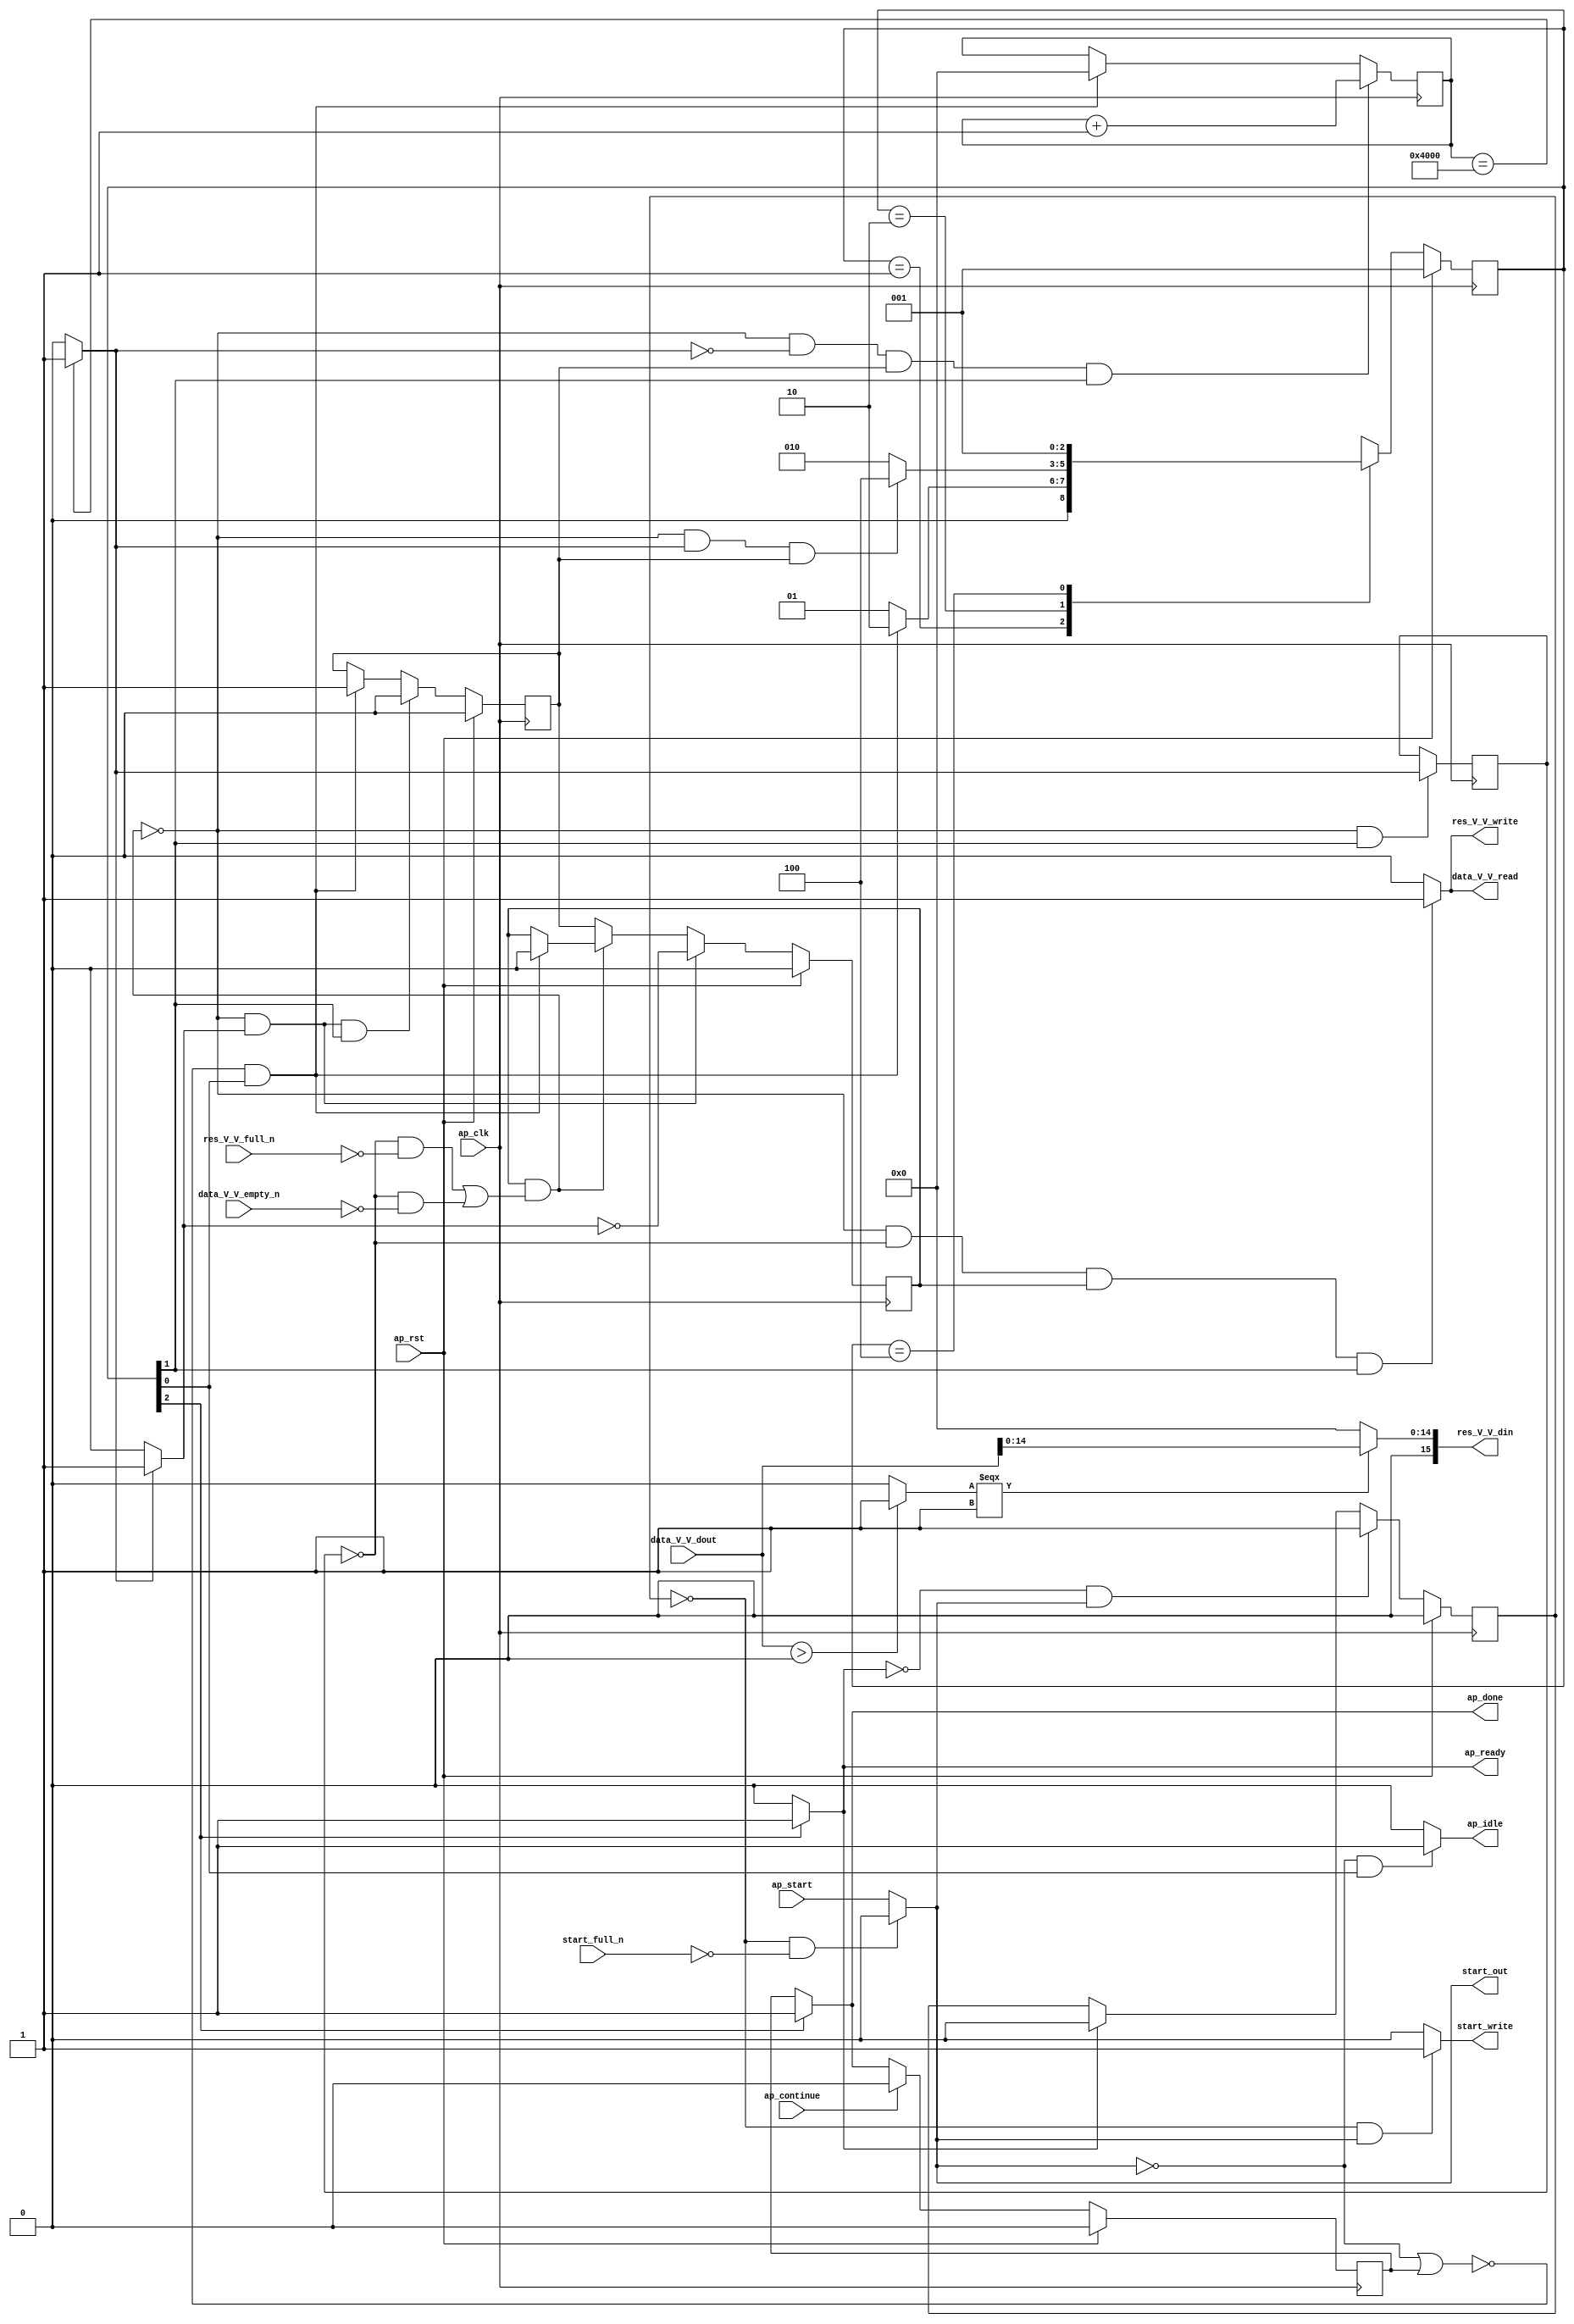
// ==============================================================
// RTL generated by Vivado(TM) HLS - High-Level Synthesis from C, C++ and OpenCL
// Version: 2019.2
// Copyright (C) 1986-2019 Xilinx, Inc. All Rights Reserved.
// 
// ===========================================================

`timescale 1 ns / 1 ps 

module relu_ss_ap_fixed_ap_fixed_16_4_5_3_0_relu_config18_s (
        ap_clk,
        ap_rst,
        ap_start,
        start_full_n,
        ap_done,
        ap_continue,
        ap_idle,
        ap_ready,
        start_out,
        start_write,
        data_V_V_dout,
        data_V_V_empty_n,
        data_V_V_read,
        res_V_V_din,
        res_V_V_full_n,
        res_V_V_write
);

parameter    ap_ST_fsm_state1 = 3'd1;
parameter    ap_ST_fsm_pp0_stage0 = 3'd2;
parameter    ap_ST_fsm_state4 = 3'd4;

input   ap_clk;
input   ap_rst;
input   ap_start;
input   start_full_n;
output   ap_done;
input   ap_continue;
output   ap_idle;
output   ap_ready;
output   start_out;
output   start_write;
input  [15:0] data_V_V_dout;
input   data_V_V_empty_n;
output   data_V_V_read;
output  [15:0] res_V_V_din;
input   res_V_V_full_n;
output   res_V_V_write;

reg ap_done;
reg ap_idle;
reg start_write;
reg data_V_V_read;
reg res_V_V_write;

reg    real_start;
reg    start_once_reg;
reg    ap_done_reg;
(* fsm_encoding = "none" *) reg   [2:0] ap_CS_fsm;
wire    ap_CS_fsm_state1;
reg    internal_ap_ready;
reg    data_V_V_blk_n;
wire    ap_CS_fsm_pp0_stage0;
reg    ap_enable_reg_pp0_iter1;
wire    ap_block_pp0_stage0;
reg   [0:0] icmp_ln90_reg_129;
reg    res_V_V_blk_n;
reg   [14:0] i_0_reg_83;
wire   [0:0] icmp_ln90_fu_94_p2;
wire    ap_block_state2_pp0_stage0_iter0;
reg    ap_block_state3_pp0_stage0_iter1;
reg    ap_block_pp0_stage0_11001;
wire   [14:0] i_fu_100_p2;
reg    ap_enable_reg_pp0_iter0;
reg    ap_block_state1;
reg    ap_block_pp0_stage0_subdone;
reg    ap_condition_pp0_exit_iter0_state2;
reg    ap_block_pp0_stage0_01001;
wire   [0:0] icmp_ln1494_fu_110_p2;
wire   [14:0] trunc_ln203_fu_106_p1;
wire   [14:0] tmp_V_fu_116_p3;
wire    ap_CS_fsm_state4;
reg   [2:0] ap_NS_fsm;
reg    ap_idle_pp0;
wire    ap_enable_pp0;

// power-on initialization
initial begin
#0 start_once_reg = 1'b0;
#0 ap_done_reg = 1'b0;
#0 ap_CS_fsm = 3'd1;
#0 ap_enable_reg_pp0_iter1 = 1'b0;
#0 ap_enable_reg_pp0_iter0 = 1'b0;
end

always @ (posedge ap_clk) begin
    if (ap_rst == 1'b1) begin
        ap_CS_fsm <= ap_ST_fsm_state1;
    end else begin
        ap_CS_fsm <= ap_NS_fsm;
    end
end

always @ (posedge ap_clk) begin
    if (ap_rst == 1'b1) begin
        ap_done_reg <= 1'b0;
    end else begin
        if ((ap_continue == 1'b1)) begin
            ap_done_reg <= 1'b0;
        end else if ((1'b1 == ap_CS_fsm_state4)) begin
            ap_done_reg <= 1'b1;
        end
    end
end

always @ (posedge ap_clk) begin
    if (ap_rst == 1'b1) begin
        ap_enable_reg_pp0_iter0 <= 1'b0;
    end else begin
        if (((1'b0 == ap_block_pp0_stage0_subdone) & (1'b1 == ap_condition_pp0_exit_iter0_state2) & (1'b1 == ap_CS_fsm_pp0_stage0))) begin
            ap_enable_reg_pp0_iter0 <= 1'b0;
        end else if ((~((real_start == 1'b0) | (ap_done_reg == 1'b1)) & (1'b1 == ap_CS_fsm_state1))) begin
            ap_enable_reg_pp0_iter0 <= 1'b1;
        end
    end
end

always @ (posedge ap_clk) begin
    if (ap_rst == 1'b1) begin
        ap_enable_reg_pp0_iter1 <= 1'b0;
    end else begin
        if (((1'b0 == ap_block_pp0_stage0_subdone) & (1'b1 == ap_condition_pp0_exit_iter0_state2))) begin
            ap_enable_reg_pp0_iter1 <= (1'b1 ^ ap_condition_pp0_exit_iter0_state2);
        end else if ((1'b0 == ap_block_pp0_stage0_subdone)) begin
            ap_enable_reg_pp0_iter1 <= ap_enable_reg_pp0_iter0;
        end else if ((~((real_start == 1'b0) | (ap_done_reg == 1'b1)) & (1'b1 == ap_CS_fsm_state1))) begin
            ap_enable_reg_pp0_iter1 <= 1'b0;
        end
    end
end

always @ (posedge ap_clk) begin
    if (ap_rst == 1'b1) begin
        start_once_reg <= 1'b0;
    end else begin
        if (((internal_ap_ready == 1'b0) & (real_start == 1'b1))) begin
            start_once_reg <= 1'b1;
        end else if ((internal_ap_ready == 1'b1)) begin
            start_once_reg <= 1'b0;
        end
    end
end

always @ (posedge ap_clk) begin
    if (((1'b0 == ap_block_pp0_stage0_11001) & (icmp_ln90_fu_94_p2 == 1'd0) & (ap_enable_reg_pp0_iter0 == 1'b1) & (1'b1 == ap_CS_fsm_pp0_stage0))) begin
        i_0_reg_83 <= i_fu_100_p2;
    end else if ((~((real_start == 1'b0) | (ap_done_reg == 1'b1)) & (1'b1 == ap_CS_fsm_state1))) begin
        i_0_reg_83 <= 15'd0;
    end
end

always @ (posedge ap_clk) begin
    if (((1'b0 == ap_block_pp0_stage0_11001) & (1'b1 == ap_CS_fsm_pp0_stage0))) begin
        icmp_ln90_reg_129 <= icmp_ln90_fu_94_p2;
    end
end

always @ (*) begin
    if ((icmp_ln90_fu_94_p2 == 1'd1)) begin
        ap_condition_pp0_exit_iter0_state2 = 1'b1;
    end else begin
        ap_condition_pp0_exit_iter0_state2 = 1'b0;
    end
end

always @ (*) begin
    if ((1'b1 == ap_CS_fsm_state4)) begin
        ap_done = 1'b1;
    end else begin
        ap_done = ap_done_reg;
    end
end

always @ (*) begin
    if (((real_start == 1'b0) & (1'b1 == ap_CS_fsm_state1))) begin
        ap_idle = 1'b1;
    end else begin
        ap_idle = 1'b0;
    end
end

always @ (*) begin
    if (((ap_enable_reg_pp0_iter0 == 1'b0) & (ap_enable_reg_pp0_iter1 == 1'b0))) begin
        ap_idle_pp0 = 1'b1;
    end else begin
        ap_idle_pp0 = 1'b0;
    end
end

always @ (*) begin
    if (((icmp_ln90_reg_129 == 1'd0) & (1'b0 == ap_block_pp0_stage0) & (ap_enable_reg_pp0_iter1 == 1'b1) & (1'b1 == ap_CS_fsm_pp0_stage0))) begin
        data_V_V_blk_n = data_V_V_empty_n;
    end else begin
        data_V_V_blk_n = 1'b1;
    end
end

always @ (*) begin
    if (((1'b0 == ap_block_pp0_stage0_11001) & (icmp_ln90_reg_129 == 1'd0) & (ap_enable_reg_pp0_iter1 == 1'b1) & (1'b1 == ap_CS_fsm_pp0_stage0))) begin
        data_V_V_read = 1'b1;
    end else begin
        data_V_V_read = 1'b0;
    end
end

always @ (*) begin
    if ((1'b1 == ap_CS_fsm_state4)) begin
        internal_ap_ready = 1'b1;
    end else begin
        internal_ap_ready = 1'b0;
    end
end

always @ (*) begin
    if (((start_once_reg == 1'b0) & (start_full_n == 1'b0))) begin
        real_start = 1'b0;
    end else begin
        real_start = ap_start;
    end
end

always @ (*) begin
    if (((icmp_ln90_reg_129 == 1'd0) & (1'b0 == ap_block_pp0_stage0) & (ap_enable_reg_pp0_iter1 == 1'b1) & (1'b1 == ap_CS_fsm_pp0_stage0))) begin
        res_V_V_blk_n = res_V_V_full_n;
    end else begin
        res_V_V_blk_n = 1'b1;
    end
end

always @ (*) begin
    if (((1'b0 == ap_block_pp0_stage0_11001) & (icmp_ln90_reg_129 == 1'd0) & (ap_enable_reg_pp0_iter1 == 1'b1) & (1'b1 == ap_CS_fsm_pp0_stage0))) begin
        res_V_V_write = 1'b1;
    end else begin
        res_V_V_write = 1'b0;
    end
end

always @ (*) begin
    if (((start_once_reg == 1'b0) & (real_start == 1'b1))) begin
        start_write = 1'b1;
    end else begin
        start_write = 1'b0;
    end
end

always @ (*) begin
    case (ap_CS_fsm)
        ap_ST_fsm_state1 : begin
            if ((~((real_start == 1'b0) | (ap_done_reg == 1'b1)) & (1'b1 == ap_CS_fsm_state1))) begin
                ap_NS_fsm = ap_ST_fsm_pp0_stage0;
            end else begin
                ap_NS_fsm = ap_ST_fsm_state1;
            end
        end
        ap_ST_fsm_pp0_stage0 : begin
            if (~((1'b0 == ap_block_pp0_stage0_subdone) & (icmp_ln90_fu_94_p2 == 1'd1) & (ap_enable_reg_pp0_iter0 == 1'b1))) begin
                ap_NS_fsm = ap_ST_fsm_pp0_stage0;
            end else if (((1'b0 == ap_block_pp0_stage0_subdone) & (icmp_ln90_fu_94_p2 == 1'd1) & (ap_enable_reg_pp0_iter0 == 1'b1))) begin
                ap_NS_fsm = ap_ST_fsm_state4;
            end else begin
                ap_NS_fsm = ap_ST_fsm_pp0_stage0;
            end
        end
        ap_ST_fsm_state4 : begin
            ap_NS_fsm = ap_ST_fsm_state1;
        end
        default : begin
            ap_NS_fsm = 'bx;
        end
    endcase
end

assign ap_CS_fsm_pp0_stage0 = ap_CS_fsm[32'd1];

assign ap_CS_fsm_state1 = ap_CS_fsm[32'd0];

assign ap_CS_fsm_state4 = ap_CS_fsm[32'd2];

assign ap_block_pp0_stage0 = ~(1'b1 == 1'b1);

always @ (*) begin
    ap_block_pp0_stage0_01001 = ((ap_enable_reg_pp0_iter1 == 1'b1) & (((icmp_ln90_reg_129 == 1'd0) & (res_V_V_full_n == 1'b0)) | ((icmp_ln90_reg_129 == 1'd0) & (data_V_V_empty_n == 1'b0))));
end

always @ (*) begin
    ap_block_pp0_stage0_11001 = ((ap_enable_reg_pp0_iter1 == 1'b1) & (((icmp_ln90_reg_129 == 1'd0) & (res_V_V_full_n == 1'b0)) | ((icmp_ln90_reg_129 == 1'd0) & (data_V_V_empty_n == 1'b0))));
end

always @ (*) begin
    ap_block_pp0_stage0_subdone = ((ap_enable_reg_pp0_iter1 == 1'b1) & (((icmp_ln90_reg_129 == 1'd0) & (res_V_V_full_n == 1'b0)) | ((icmp_ln90_reg_129 == 1'd0) & (data_V_V_empty_n == 1'b0))));
end

always @ (*) begin
    ap_block_state1 = ((real_start == 1'b0) | (ap_done_reg == 1'b1));
end

assign ap_block_state2_pp0_stage0_iter0 = ~(1'b1 == 1'b1);

always @ (*) begin
    ap_block_state3_pp0_stage0_iter1 = (((icmp_ln90_reg_129 == 1'd0) & (res_V_V_full_n == 1'b0)) | ((icmp_ln90_reg_129 == 1'd0) & (data_V_V_empty_n == 1'b0)));
end

assign ap_enable_pp0 = (ap_idle_pp0 ^ 1'b1);

assign ap_ready = internal_ap_ready;

assign i_fu_100_p2 = (i_0_reg_83 + 15'd1);

assign icmp_ln1494_fu_110_p2 = (($signed(data_V_V_dout) > $signed(16'd0)) ? 1'b1 : 1'b0);

assign icmp_ln90_fu_94_p2 = ((i_0_reg_83 == 15'd16384) ? 1'b1 : 1'b0);

assign res_V_V_din = tmp_V_fu_116_p3;

assign start_out = real_start;

assign tmp_V_fu_116_p3 = ((icmp_ln1494_fu_110_p2[0:0] === 1'b1) ? trunc_ln203_fu_106_p1 : 15'd0);

assign trunc_ln203_fu_106_p1 = data_V_V_dout[14:0];

endmodule //relu_ss_ap_fixed_ap_fixed_16_4_5_3_0_relu_config18_s